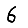
Digit: 6